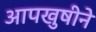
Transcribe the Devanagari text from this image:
आपखुषीने